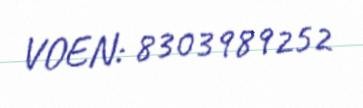
VOEN: 8303989252